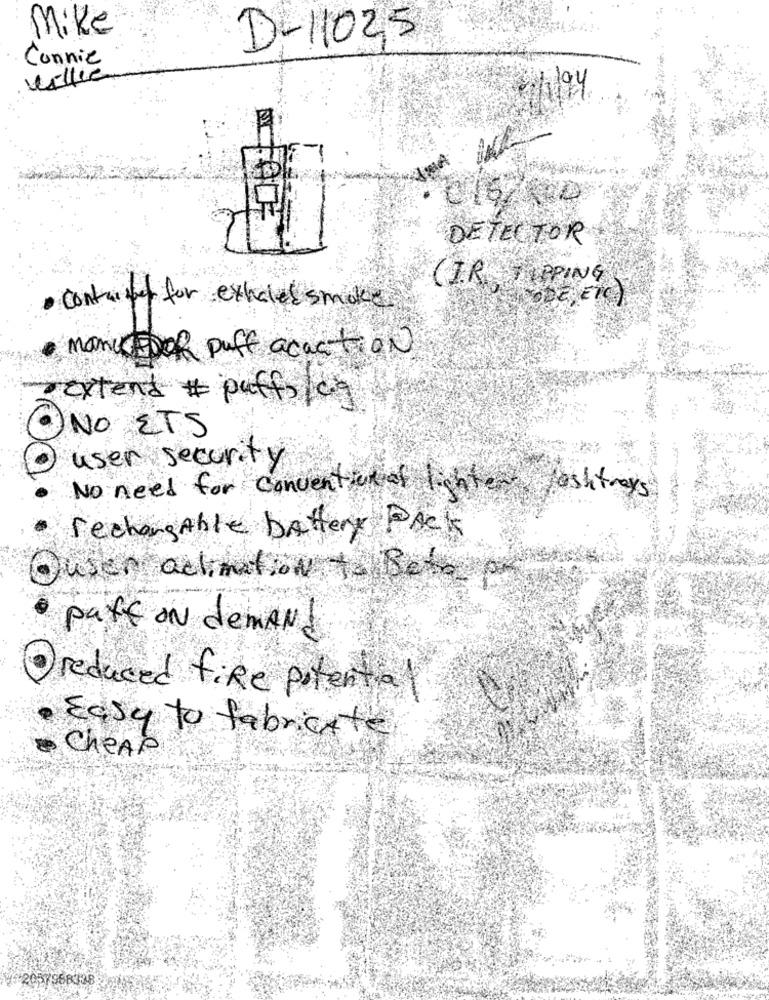
Mike
D-1102,5
Connie
willie
104
016/200
DETECTOR
CIR TIPPING
PODE, ETC)
contraint for exhale smoke
Mane EDOR puff acaction
extend # puffs ca
NO ETS
user security
No need for conventional lighten ashtrays
FechangAble battery PACK
Ousen activation to Beto ar
patt ON demand
reduced fire potential
Easy to fabricate
CheAP
4# 2057958338